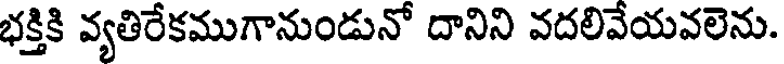
భక్తికి వ్యతిరేకముగానుండునో దానిని వదలివేయవలెను.